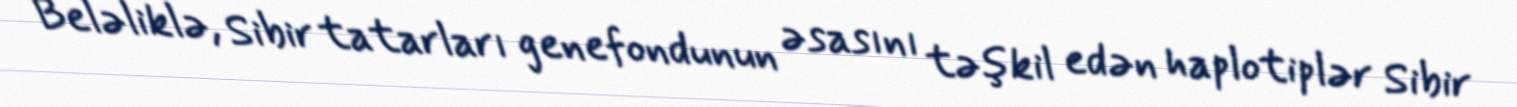
Beləliklə, Sibir tatarları genefondunun əsasını təşkil edən haplotiplər Sibir